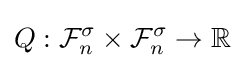
Q:{\mathcal {F}}_{n}^{\sigma }\times {\mathcal {F}}_{n}^{\sigma }\to \mathbb {R}